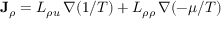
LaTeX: \mathbf { J } _ { \rho } = L _ { \rho u } \, \nabla ( 1 / T ) + L _ { \rho \rho } \, \nabla ( - \mu / T )